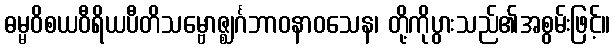
ဓမ္မဝိစယဝီရိယပီတိသမ္ဗောဇ္ဈင်္ဂဘာဝနာဝသေန၊ တို့ကိုပွားသည်၏အစွမ်းဖြင့်။